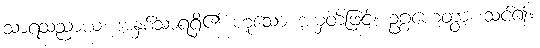
သာရသညာယ၊ အနှစ်သာရရှိ၏ ဟူသော အမှတ်ဖြင့်။ ဥဂ္ဂဟေတွာ၊ သင်၍။